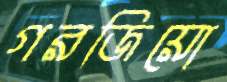
গরজিয়ো